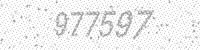
Solution: 977597